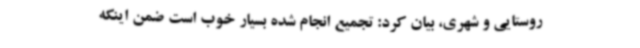
روستایی و شهری، بیان کرد: تجمیع انجام شده بسیار خوب است ضمن اینکه